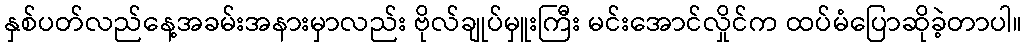
နှစ်ပတ်လည်နေ့အခမ်းအနားမှာလည်း ဗိုလ်ချုပ်မှူးကြီး မင်းအောင်လှိုင်က ထပ်မံပြောဆိုခဲ့တာပါ။